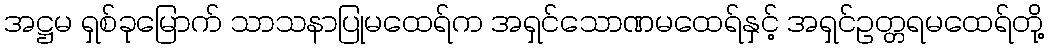
အဋ္ဌမ ရှစ်ခုမြောက် သာသနာပြုမထေရ်က အရှင်သောဏမထေရ်နှင့် အရှင်ဥတ္တရမထေရ်တို့